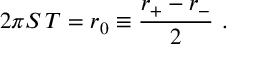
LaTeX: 2 \pi S \, T = r _ { 0 } \equiv { \frac { r _ { + } - r _ { - } } { 2 } } \ .